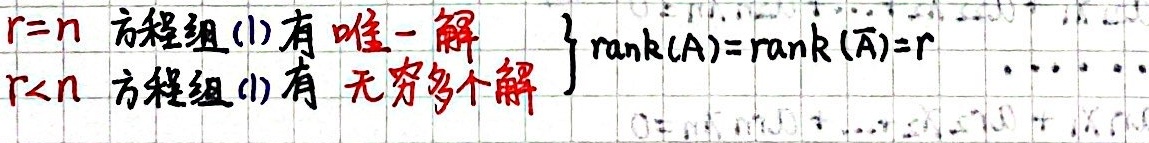
当\(\text{rank}(A)=\text{rank}(\overline{A}) = r\)时：
\[\begin{cases}r = n, \text{方程组(1)有唯一解} \\r < n, \text{方程组(1)有无穷多个解}\end{cases}\]